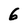
Character: 6